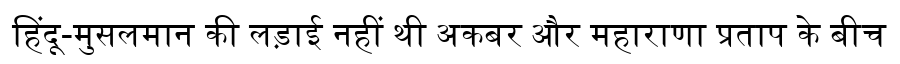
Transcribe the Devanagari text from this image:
हिंदू-मुसलमान की लड़ाई नहीं थी अकबर और महाराणा प्रताप के बीच